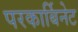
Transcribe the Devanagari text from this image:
परकार्बिनेट